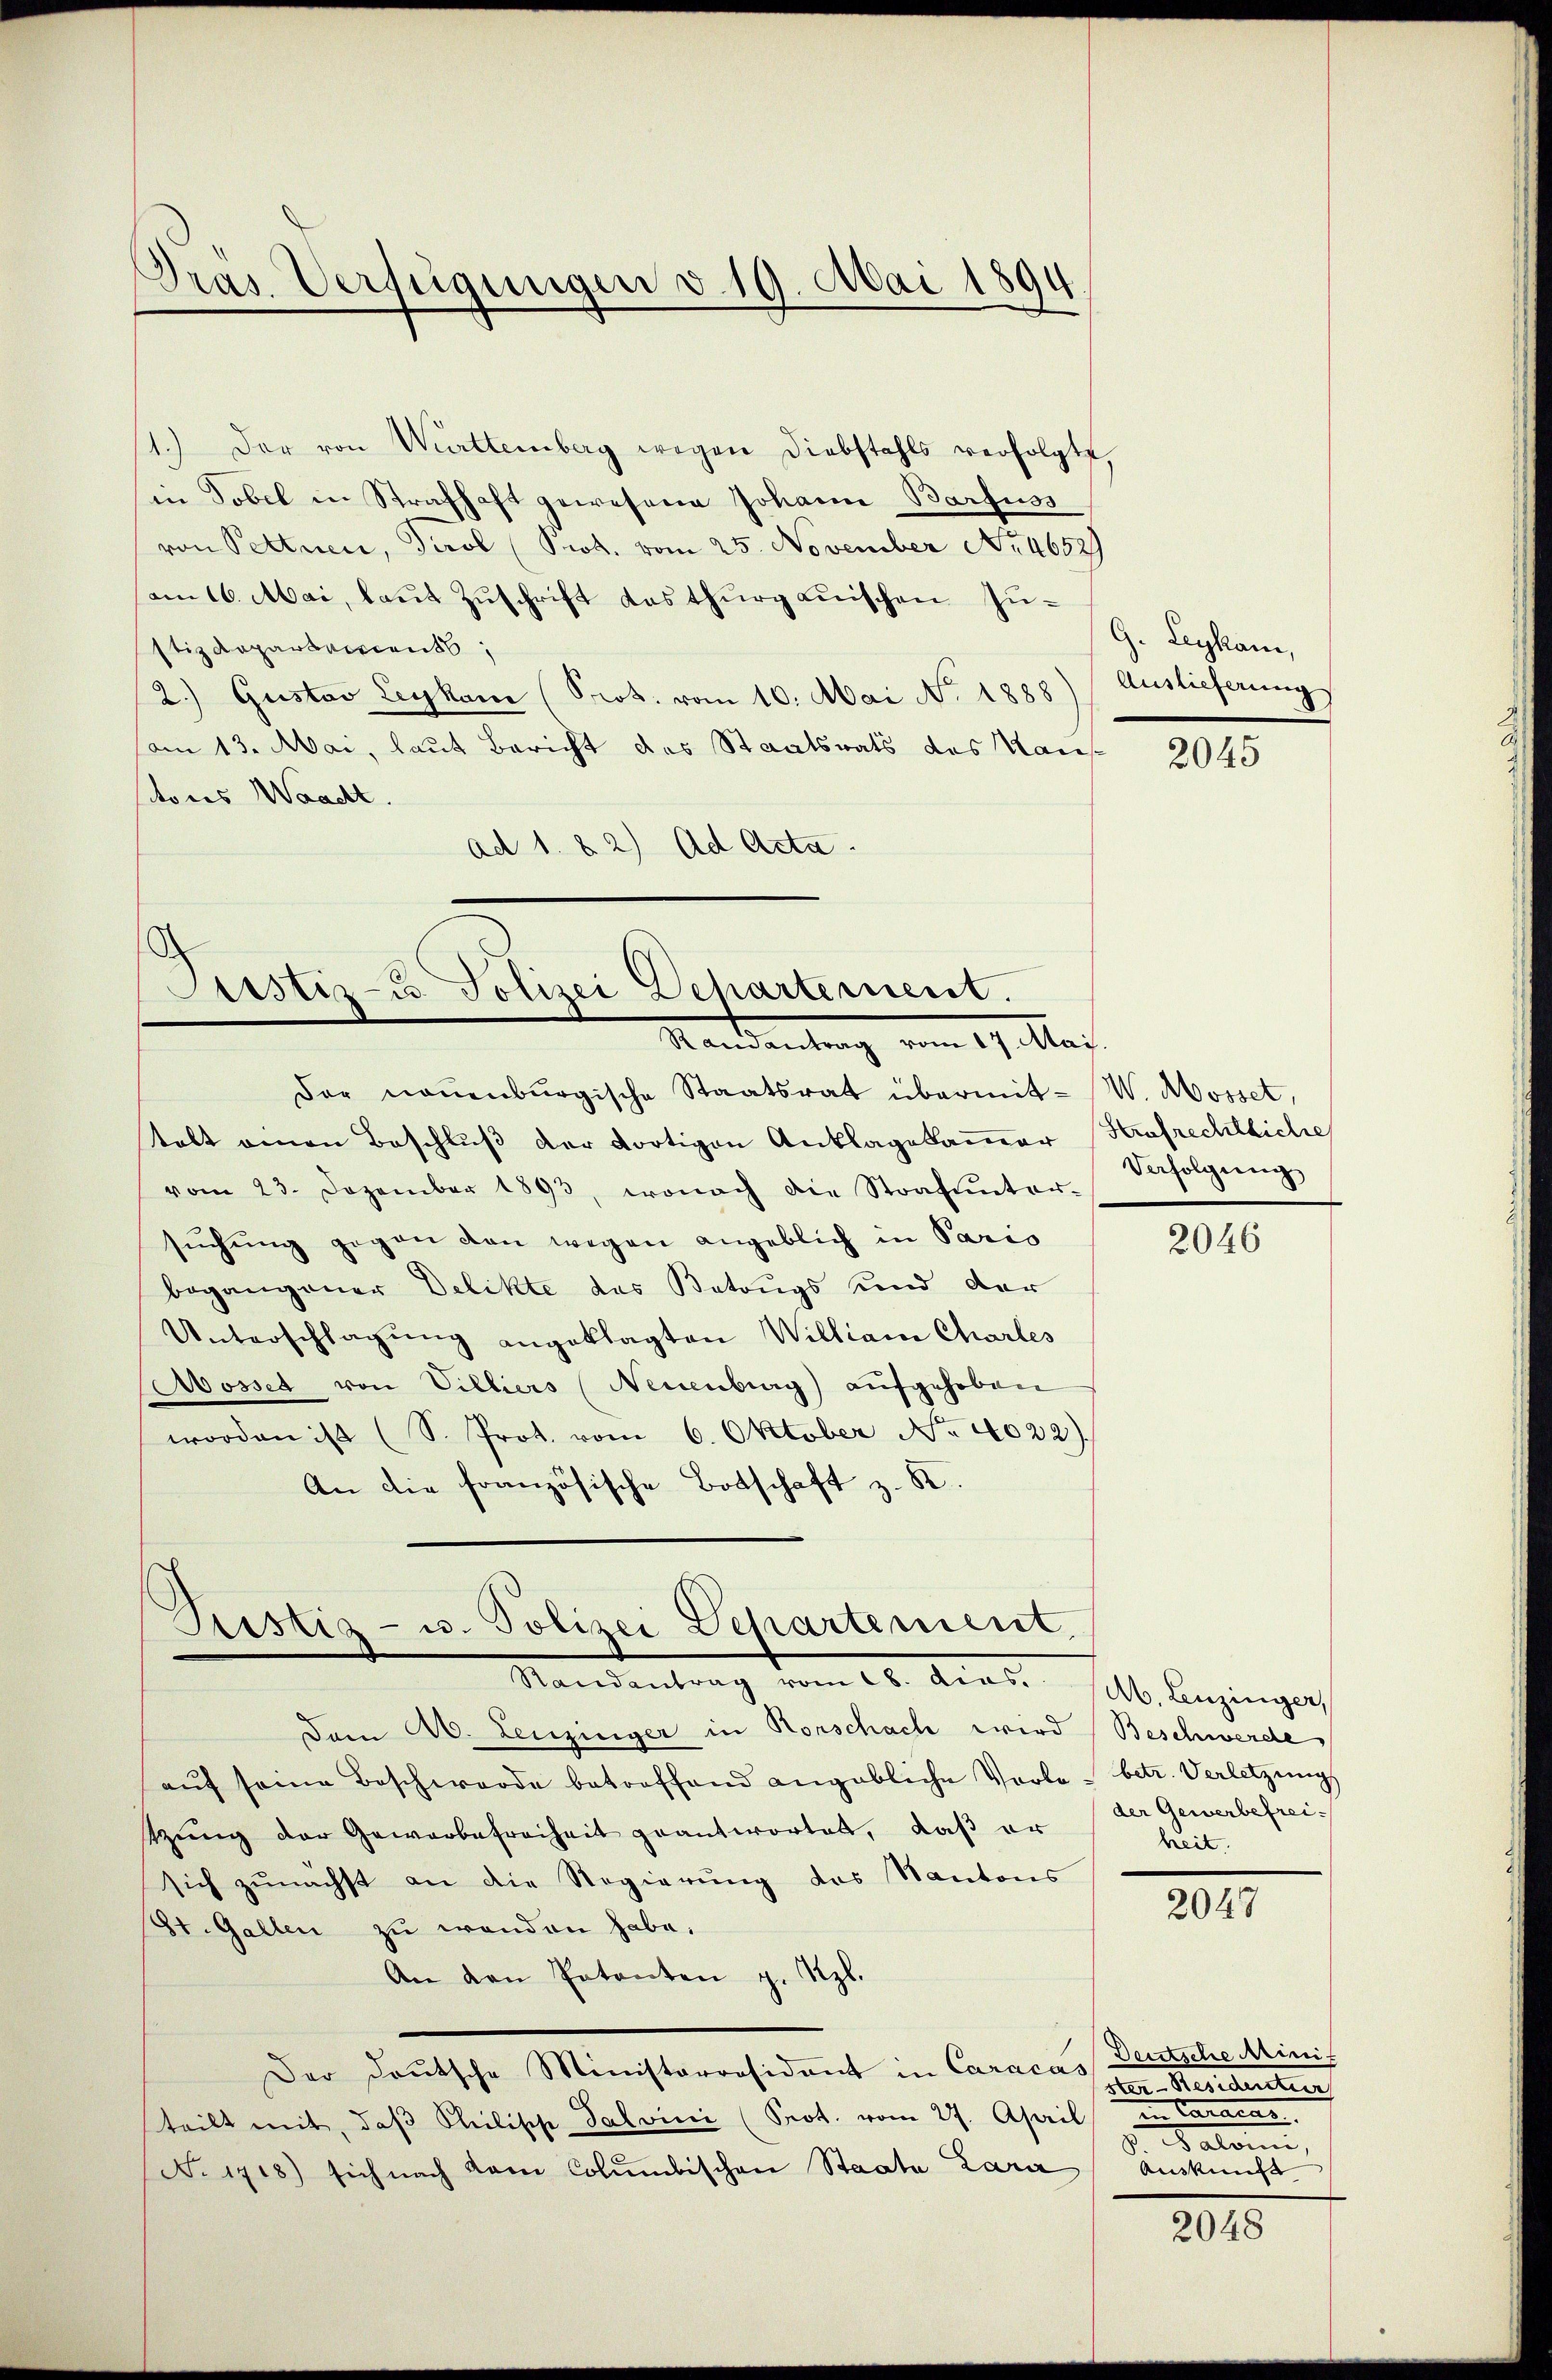
Pras. Verfügungen d. 19. Mai 1894

1.) Der von Württemberg wegen Diebstahls verfolgte,
in Tobel in Strafhaft gewesene Johann Barfuss
von Pettner, Tirol (Prot. vom 25. November No. 46529
am 16. Mai, laut Zuschrift das thurgauischen Zustizdepartements
2.) Gustav Leykam (Prot. vom 10. Mai No. 1888) (Auslieferungs
vom 13. Mai, laut Bericht das Staatsrats des Haus
sitores Waadt.
ad 1. 82) Ad Acta.

Justiz- u Polizei Dehartement.
Mandantung vom 17. Mag.

Pustiz- u. Polizei Departement.
Standentrag vom 26. Acad. 16. Auginger

Der neuenburgische Staatsrat übermit- W. Mosset,
talt einen Beschluß der dortigen Anklagekammer Hofrechtliche
vom 23. Dezember 1893, wonach die Strafunter-
sŭchŭng gegen den wegen angeblich in Paris
begangener Delikte das Betrugs und der
Unterschlagung angeklagten William Charles
Mosset von Villiers (Neuenburg) aufgehoben
worden ist (S. Prot. vom 6. Oktober No. 4022).
An die französische Botschaft z. K.

Dam A. Leuzinger in Rorschach wird (Beschwerde
aŭf seine Beschwerde betreffend angebliche Vorte - betr. Verletzungs
tzŭng der Gewerbefreiheit geantwortet, daß er
sich zŭnächst an die Regierŭng des Kantons
St. Gallen zu wenden habe,
An den Patenten z. Rpl.
Der Deutsche Ministerräsident in Caracas
steilt mit, daβ Philische Salvini (Prot. vom 27. April
No 1418) sich nach dem Columbischen Staate Zara (Auskunft

G. Leykam,

2045

Verfolgung

2046

der Gewerbefreiheit.

2047

Deutsche Minis
der. Seitetenten
u Carmens
ge er eine

2048